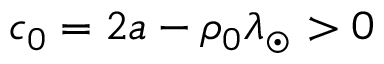
c _ { 0 } = 2 a - \rho _ { 0 } \lambda _ { \odot } > 0